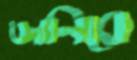
জানিবে